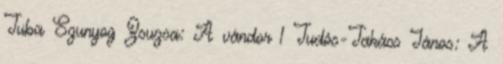
Tuba Szunyog Zsuzsa: A vándor 1 Tudós-Takács János: A